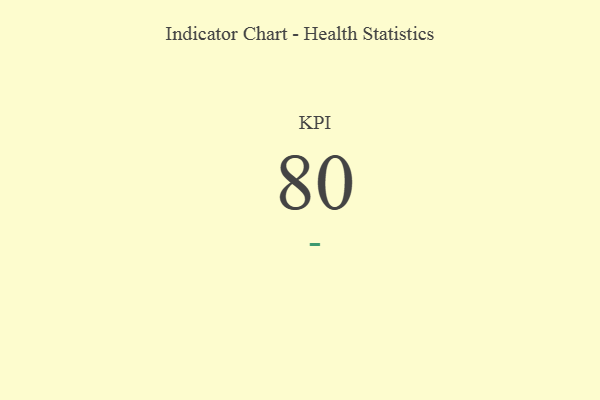
{"axis": {"x": "KPI", "y": "Value"}, "legend": [""], "data": [{"x": "KPI", "y": 80, "type": ""}]}